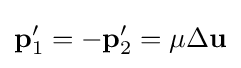
\mathbf {p} _{1}^{\prime }=-\mathbf {p} _{2}^{\prime }=\mu \Delta \mathbf {u}